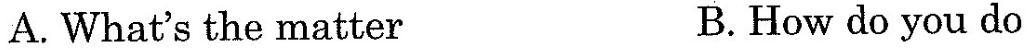
A. What's the matter B. How do you do